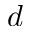
d